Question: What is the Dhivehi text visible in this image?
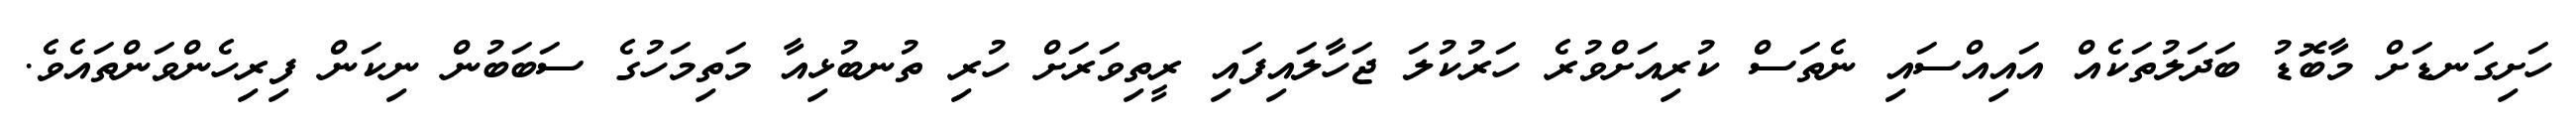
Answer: ހަށިގަނޑަށް މާބޮޑު ބަދަލުތަކެއް އައިއްސައި ނެތަސް ކުރިއަށްވުރެ ހަރުކުލަ ޖަހާލައިފައި ރީތިވަރަށް ހުރި ތުނބުޅިއާ މަތިމަހުގެ ސަބަބުން ނިކަން ފިރިހެންވަންތައެވެ.